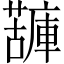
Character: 𧁷